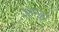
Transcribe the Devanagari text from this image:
आन्को